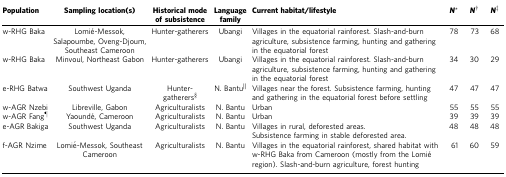
| Population | Sampling location(s) | Historical mode of subsistence | Language family | Current habitat/lifestyle | N* | N† | N‡ |
 | --- | --- | --- | --- | --- | --- | --- | --- |
 | w-RHG Baka | Lomié-Messok, Salapoumbe, Oveng-Djoum, Southeast Cameroon | Hunter-gatherers | Ubangi | Villages in the equatorial rainforest. Slash-and-burn agriculture, subsistence farming, hunting and gathering in the equatorial forest | 78 | 73 | 68 |
 | w-RHG Baka | Minvoul, Northeast Gabon | Hunter-gatherers | Ubangi | Villages in the equatorial rainforest. Slash-and-burn agriculture, subsistence farming, hunting and gathering in the equatorial forest | 34 | 30 | 29 |
 | e-RHG Batwa | Southwest Uganda | Hunter-gatherers§ | N. Bantu|| | Villages near the forest. Subsistence farming, hunting and gathering in the equatorial forest before settling | 47 | 47 | 47 |
 | w-AGR Nzebi | Libreville, Gabon | Agriculturalists | N. Bantu | Urban | 55 | 55 | 55 |
 | w-AGR Fang¶ | Yaoundé, Cameroon | Agriculturalists | N. Bantu | Urban | 39 | 39 | 39 |
 | e-AGR Bakiga | Southwest Uganda | Agriculturalists | N. Bantu | Villages in rural, deforested areas.Subsistence farming in stable deforested area. | 48 | 48 | 48 |
 | f-AGR Nzime | Lomié-Messok, Southeast Cameroon | Agriculturalists | N. Bantu | Villages in the equatorial rainforest, shared habitat with w-RHG Baka from Cameroon (mostly from the Lomié region). Slash-and-burn agriculture, forest hunting | 61 | 60 | 59 |